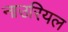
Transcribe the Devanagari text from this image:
नाउरियल